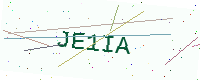
Text: JE1IA